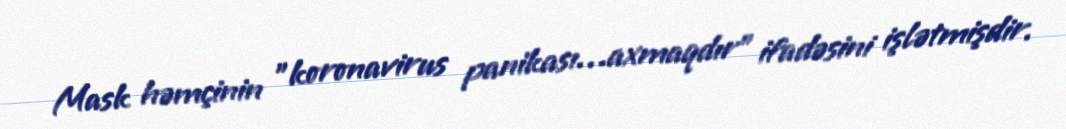
Mask həmçinin "koronavirus panikası…axmaqdır" ifadəsini işlətmişdir.